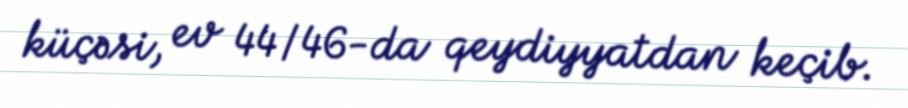
küçəsi, ev 44/46-da qeydiyyatdan keçib.